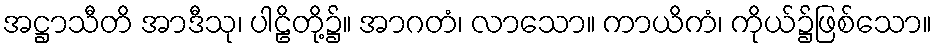
အဋ္ဌာသီတိ အာဒီသု၊ ပါဠိတို့၌။ အာဂတံ၊ လာသော။ ကာယိကံ၊ ကိုယ်၌ဖြစ်သော။